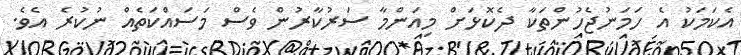
އެކަމަކު އެ ހަމަނުޖެހުންތަކާ ދެކޮޅަށް މިއަންމާ ސަރުކާރުން ވެސް މަސައްކަތެއް ނުކުރެ އެވެ.